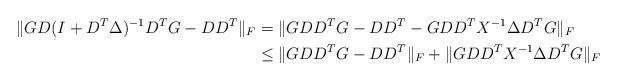
LaTeX: \begin{align*}\| GD(I + D^T\Delta)^{-1}D^TG - DD^T\|_F &= \|GDD^TG - DD^T - GDD^TX^{-1}\Delta D^T G\|_F \\&\leq \|GDD^TG - DD^T\|_F + \|GDD^TX^{-1}\Delta D^TG\|_F\end{align*}